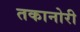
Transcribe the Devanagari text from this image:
तकानोरी